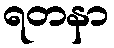
ရတနာ